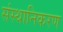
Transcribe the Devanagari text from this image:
संस्थानिकरण